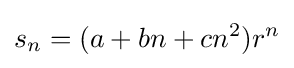
s_{n}=(a+bn+cn^{2})r^{n}